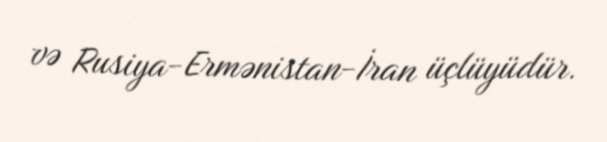
və Rusiya-Ermənistan-İran üçlüyüdür.